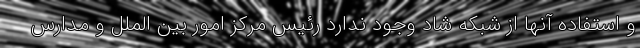
و استفاده آنها از شبکه شاد وجود ندارد رئیس مرکز امور بین الملل و مدارس